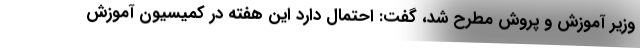
وزیر آموزش و پروش مطرح شد، گفت: احتمال دارد این هفته در کمیسیون آموزش